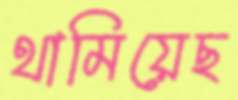
থামিয়েছ